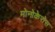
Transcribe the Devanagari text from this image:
मोनोकेरोस